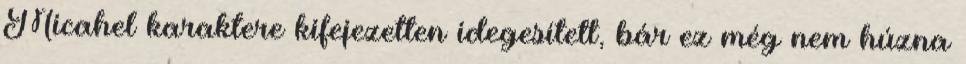
Micahel karaktere kifejezetten idegesített, bár ez még nem húzna